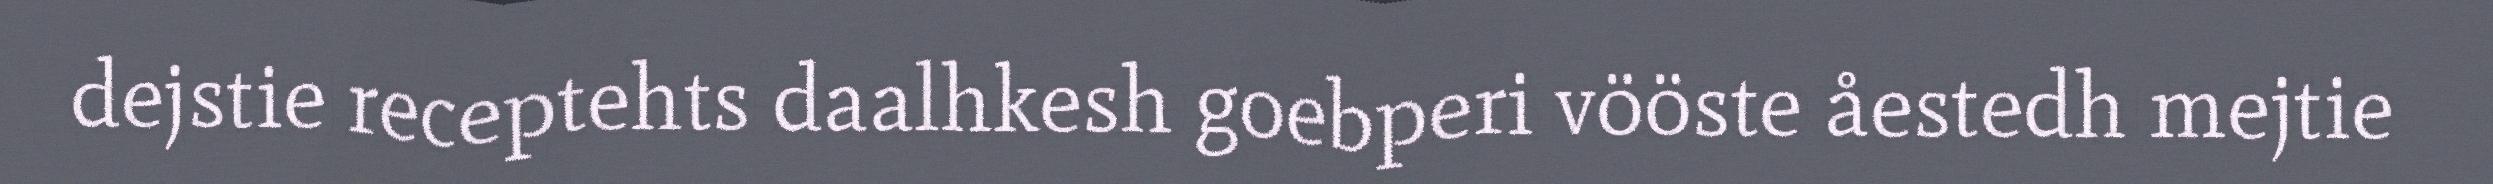
dejstie receptehts daalhkesh goebperi vööste åestedh mejtie